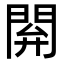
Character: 閞